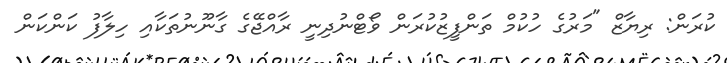
ކުރަން: ރިޔާޒް "މަރުގެ ހުކުމް ތަންފީޒުކުރަން ވޯޓްނުދިނީ ރާއްޖޭގެ ގާނޫނުތަކާއި ހިލާފު ކަންކަން